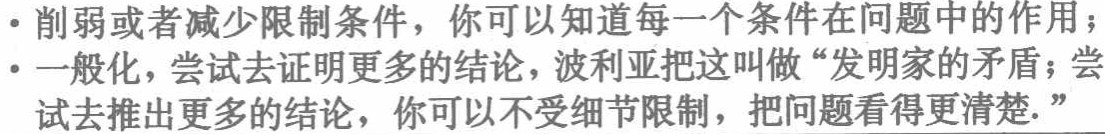
- 削弱或者减少限制条件，你可以知道每一个条件在问题中的作用；

- 一般化，尝试去证明更多的结论，波利亚把这叫做“发明家的矛盾；

尝试去推出更多的结论，你可以不受细节限制，把问题看得更清楚.”